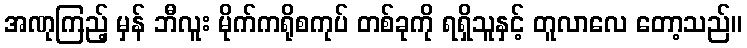
အဏုကြည့် မှန် ဘီလူး မိုက်ကရိုစကုပ် တစ်ခုကို ရရှိသူနှင့် တူလာလေ တော့သည်။